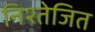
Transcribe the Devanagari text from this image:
निश्तेजित